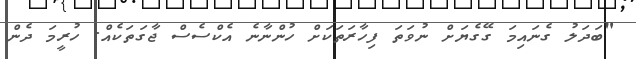
"ބަދަލު ގެނައިމަ ގޭގެޔަށް ނުވަތަ ފިހާރަތަކަށް ހުންނާނެ އެކްސެސް ޖާގަތަކެއް. ހުރީމަ ދެން